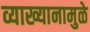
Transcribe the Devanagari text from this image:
व्याख्यानामुळे